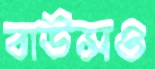
বাউন্সও